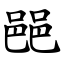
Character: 䣈